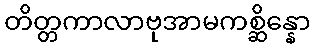
တိတ္တကာလာဗုအာမကစ္ဆိန္နော